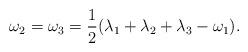
LaTeX: \begin{align*} \omega_2=\omega_3=\frac{1}{2}(\lambda_1 +\lambda_2+\lambda_3 -\omega_1). \end{align*}